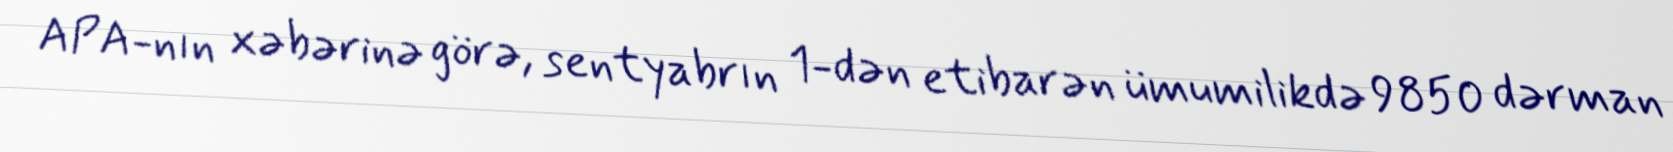
APA-nın xəbərinə görə, sentyabrın 1-dən etibarən ümumilikdə 9850 dərman